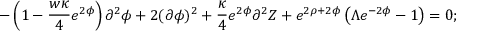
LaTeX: - \left( 1 - \frac { w \kappa } { 4 } e ^ { 2 \phi } \right) \partial ^ { 2 } \phi + 2 ( \partial \phi ) ^ { 2 } + \frac { \kappa } { 4 } e ^ { 2 \phi } \partial ^ { 2 } Z + e ^ { 2 \rho + 2 \phi } \left( \Lambda e ^ { - 2 \phi } - 1 \right) = 0 ;